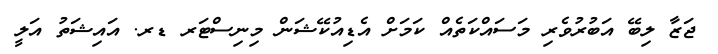
ޖަޒާ ލިބޭ އަބުރުވެރި މަސައްކަތެއް ކަމަށް އެޑިއުކޭޝަން މިނިސްޓަރ ޑރ. އައިޝަތު އަލީ